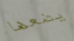
يضعها